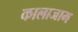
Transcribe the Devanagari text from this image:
कालाजाम